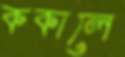
ককালে